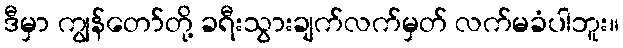
ဒီမှာ ကျွန်တော်တို့ ခရီးသွားချက်လက်မှတ် လက်မခံပါဘူး။